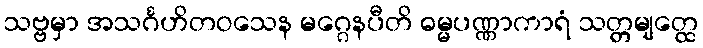
သဗ္ဗမှာ အသင်္ဂဟိတဝသေန မဂ္ဂေနပီတိ ဓမ္မပဏ္ဏာကာရံ သတ္တမျတ္ထေ